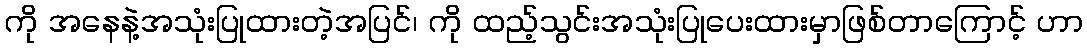
ကို အနေနဲ့အသုံးပြုထားတဲ့အပြင်၊ ကို ထည့်သွင်းအသုံးပြုပေးထားမှာဖြစ်တာကြောင့် ဟာ